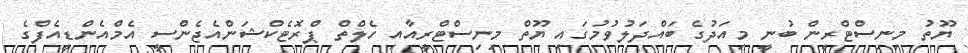
ޔޫތު މިނިސްޓްރީން ބުނީ މިއަދުގެ ބައްދަލުވުމުގައި ޔޫތް މިނިސްޓްރީއާއި ހެލްތް ޕްރޮޓެކްޝަންއެޖެންސީ އެމްއެންޑީއެފްގެ